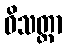
ဝိသတ္တာ